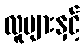
လူများနှင့်